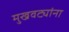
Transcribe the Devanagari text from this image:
मुखवट्यांना